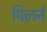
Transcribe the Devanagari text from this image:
पिलर्न